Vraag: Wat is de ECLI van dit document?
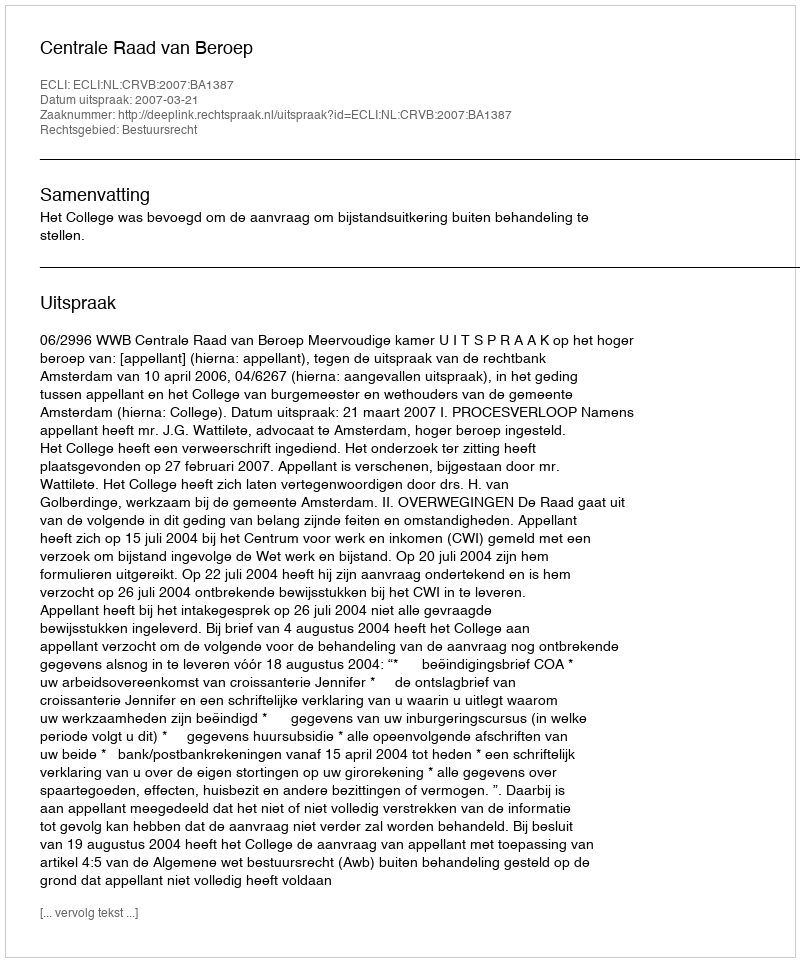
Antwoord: ECLI:NL:CRVB:2007:BA1387